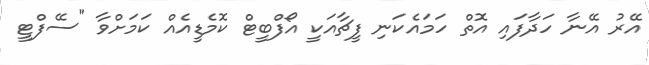
އޭރު އޭނާ ހަދާފައި އޮތް ހަމައެކަނި ފީޗާއަކީ އޯފްބީޓް ކޮމެޑީއެއް ކަމަށްވާ "ސޭފްޓީ